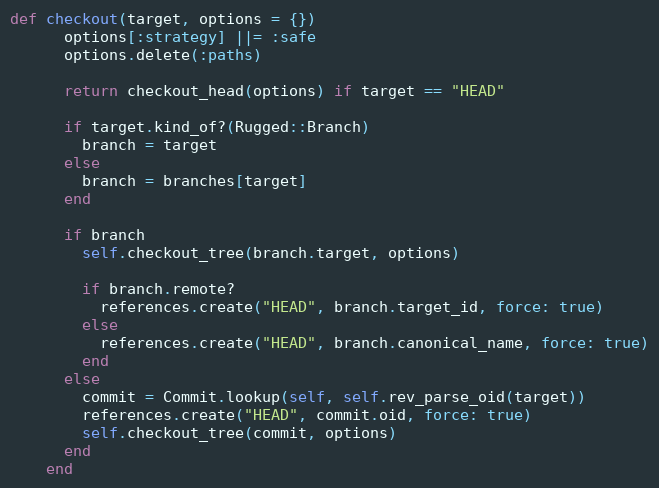
Language: Ruby
def checkout(target, options = {})
      options[:strategy] ||= :safe
      options.delete(:paths)

      return checkout_head(options) if target == "HEAD"

      if target.kind_of?(Rugged::Branch)
        branch = target
      else
        branch = branches[target]
      end

      if branch
        self.checkout_tree(branch.target, options)

        if branch.remote?
          references.create("HEAD", branch.target_id, force: true)
        else
          references.create("HEAD", branch.canonical_name, force: true)
        end
      else
        commit = Commit.lookup(self, self.rev_parse_oid(target))
        references.create("HEAD", commit.oid, force: true)
        self.checkout_tree(commit, options)
      end
    end